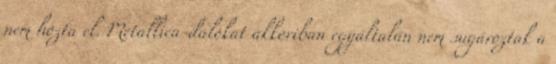
nem hozta el. Metallica-dalokat akkoriban egyáltalán nem sugároztak a